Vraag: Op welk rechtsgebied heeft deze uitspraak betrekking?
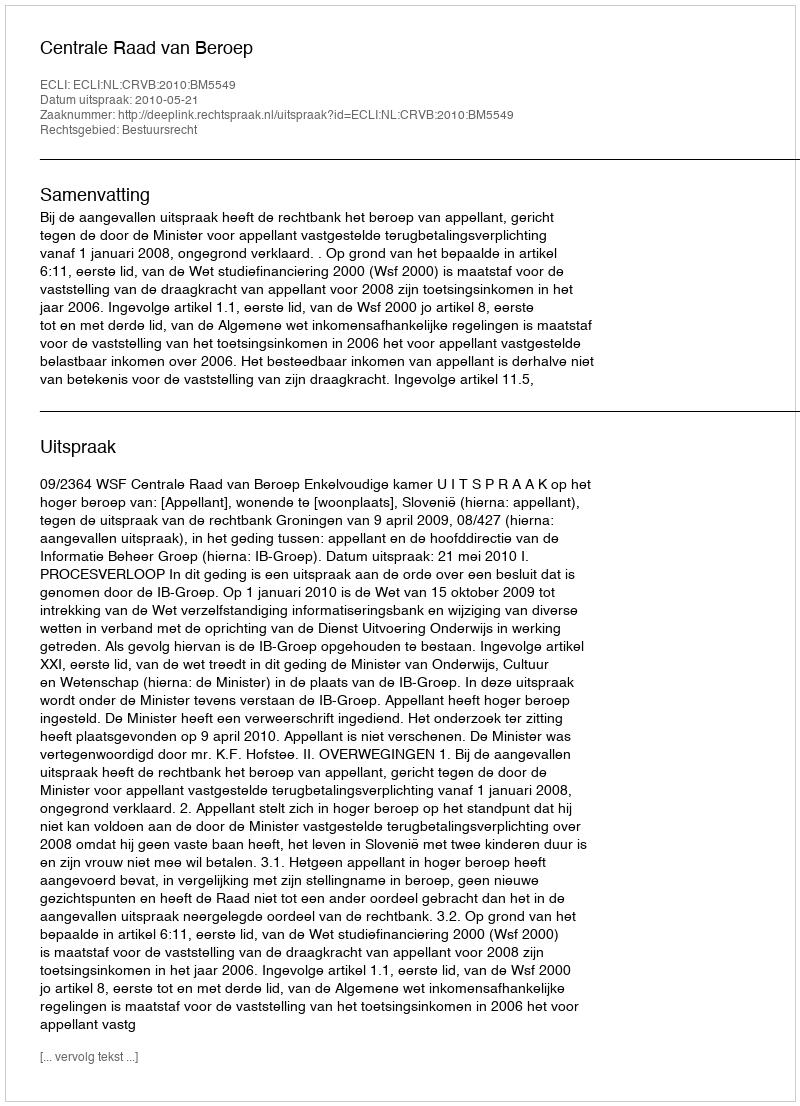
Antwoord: Bestuursrecht